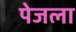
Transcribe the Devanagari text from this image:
पेजला